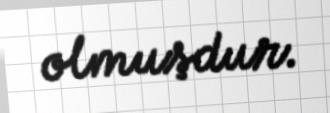
olmuşdur.